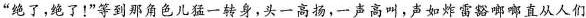
“绝了,绝了!”等到那角色儿猛一转身,头一高扬,一声高叫,声如炸雷豁啷啷直从人们